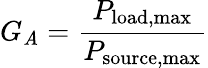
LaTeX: G_{\mathit{A}}={\frac{{P_{\mathrm{{load,max}}}}}{{P_{\mathrm{{source,max}}}}}}